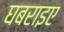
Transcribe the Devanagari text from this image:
घबराइए